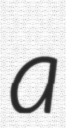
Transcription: a